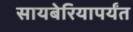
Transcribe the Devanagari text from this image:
सायबेरियापर्यंत